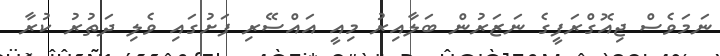
ނަމަވެސް ޖިއޮގްރަފީގެ ނަޒަރުން ބަލާއިރު މިއީ އައްސޭރި ފަށުގައި ވެލި ދަތުރު ކުރާ